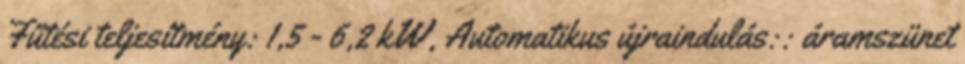
Fűtési teljesítmény: 1,5 - 6,2 kW, Automatikus újraindulás:: áramszünet